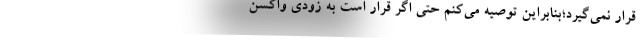
قرار نمی‌گیرد؛بنابراین توصیه می‌کنم حتی اگر قرار است به زودی واکسن